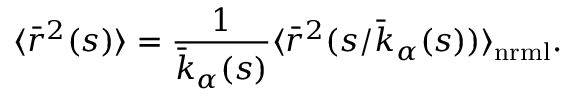
\langle { \bar { r } } ^ { 2 } ( s ) \rangle = { \frac { 1 } { { \bar { k } } _ { \alpha } ( s ) } } \langle { \bar { r } } ^ { 2 } ( s / { \bar { k } } _ { \alpha } ( s ) ) \rangle _ { \mathrm { n r m l } } .